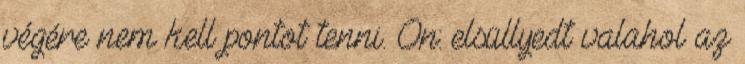
végére nem kell pontot tenni. On: elsüllyedt valahol az